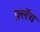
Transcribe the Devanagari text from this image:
फ़्लॅच